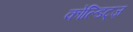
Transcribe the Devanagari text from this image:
कोल्डिट्ज़